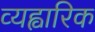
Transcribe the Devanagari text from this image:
व्यह्वारिक